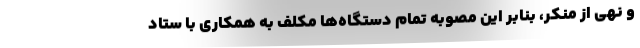
و نهی از منکر، بنابر این مصوبه تمام دستگاه‌ها مکلف به همکاری با ستاد